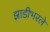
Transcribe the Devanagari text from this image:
झाडीभरले